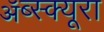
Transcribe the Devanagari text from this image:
ॲब्स्क्यूरा